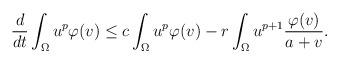
LaTeX: \begin{align*} \frac{d}{dt}\int_{\Omega}u^p\varphi(v) \leq c\int_\Omega u^p\varphi(v) -r\int_\Omega u^{p+1}\frac{\varphi(v)}{a+v}. \end{align*}